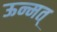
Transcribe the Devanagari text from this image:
ऊन्मत्